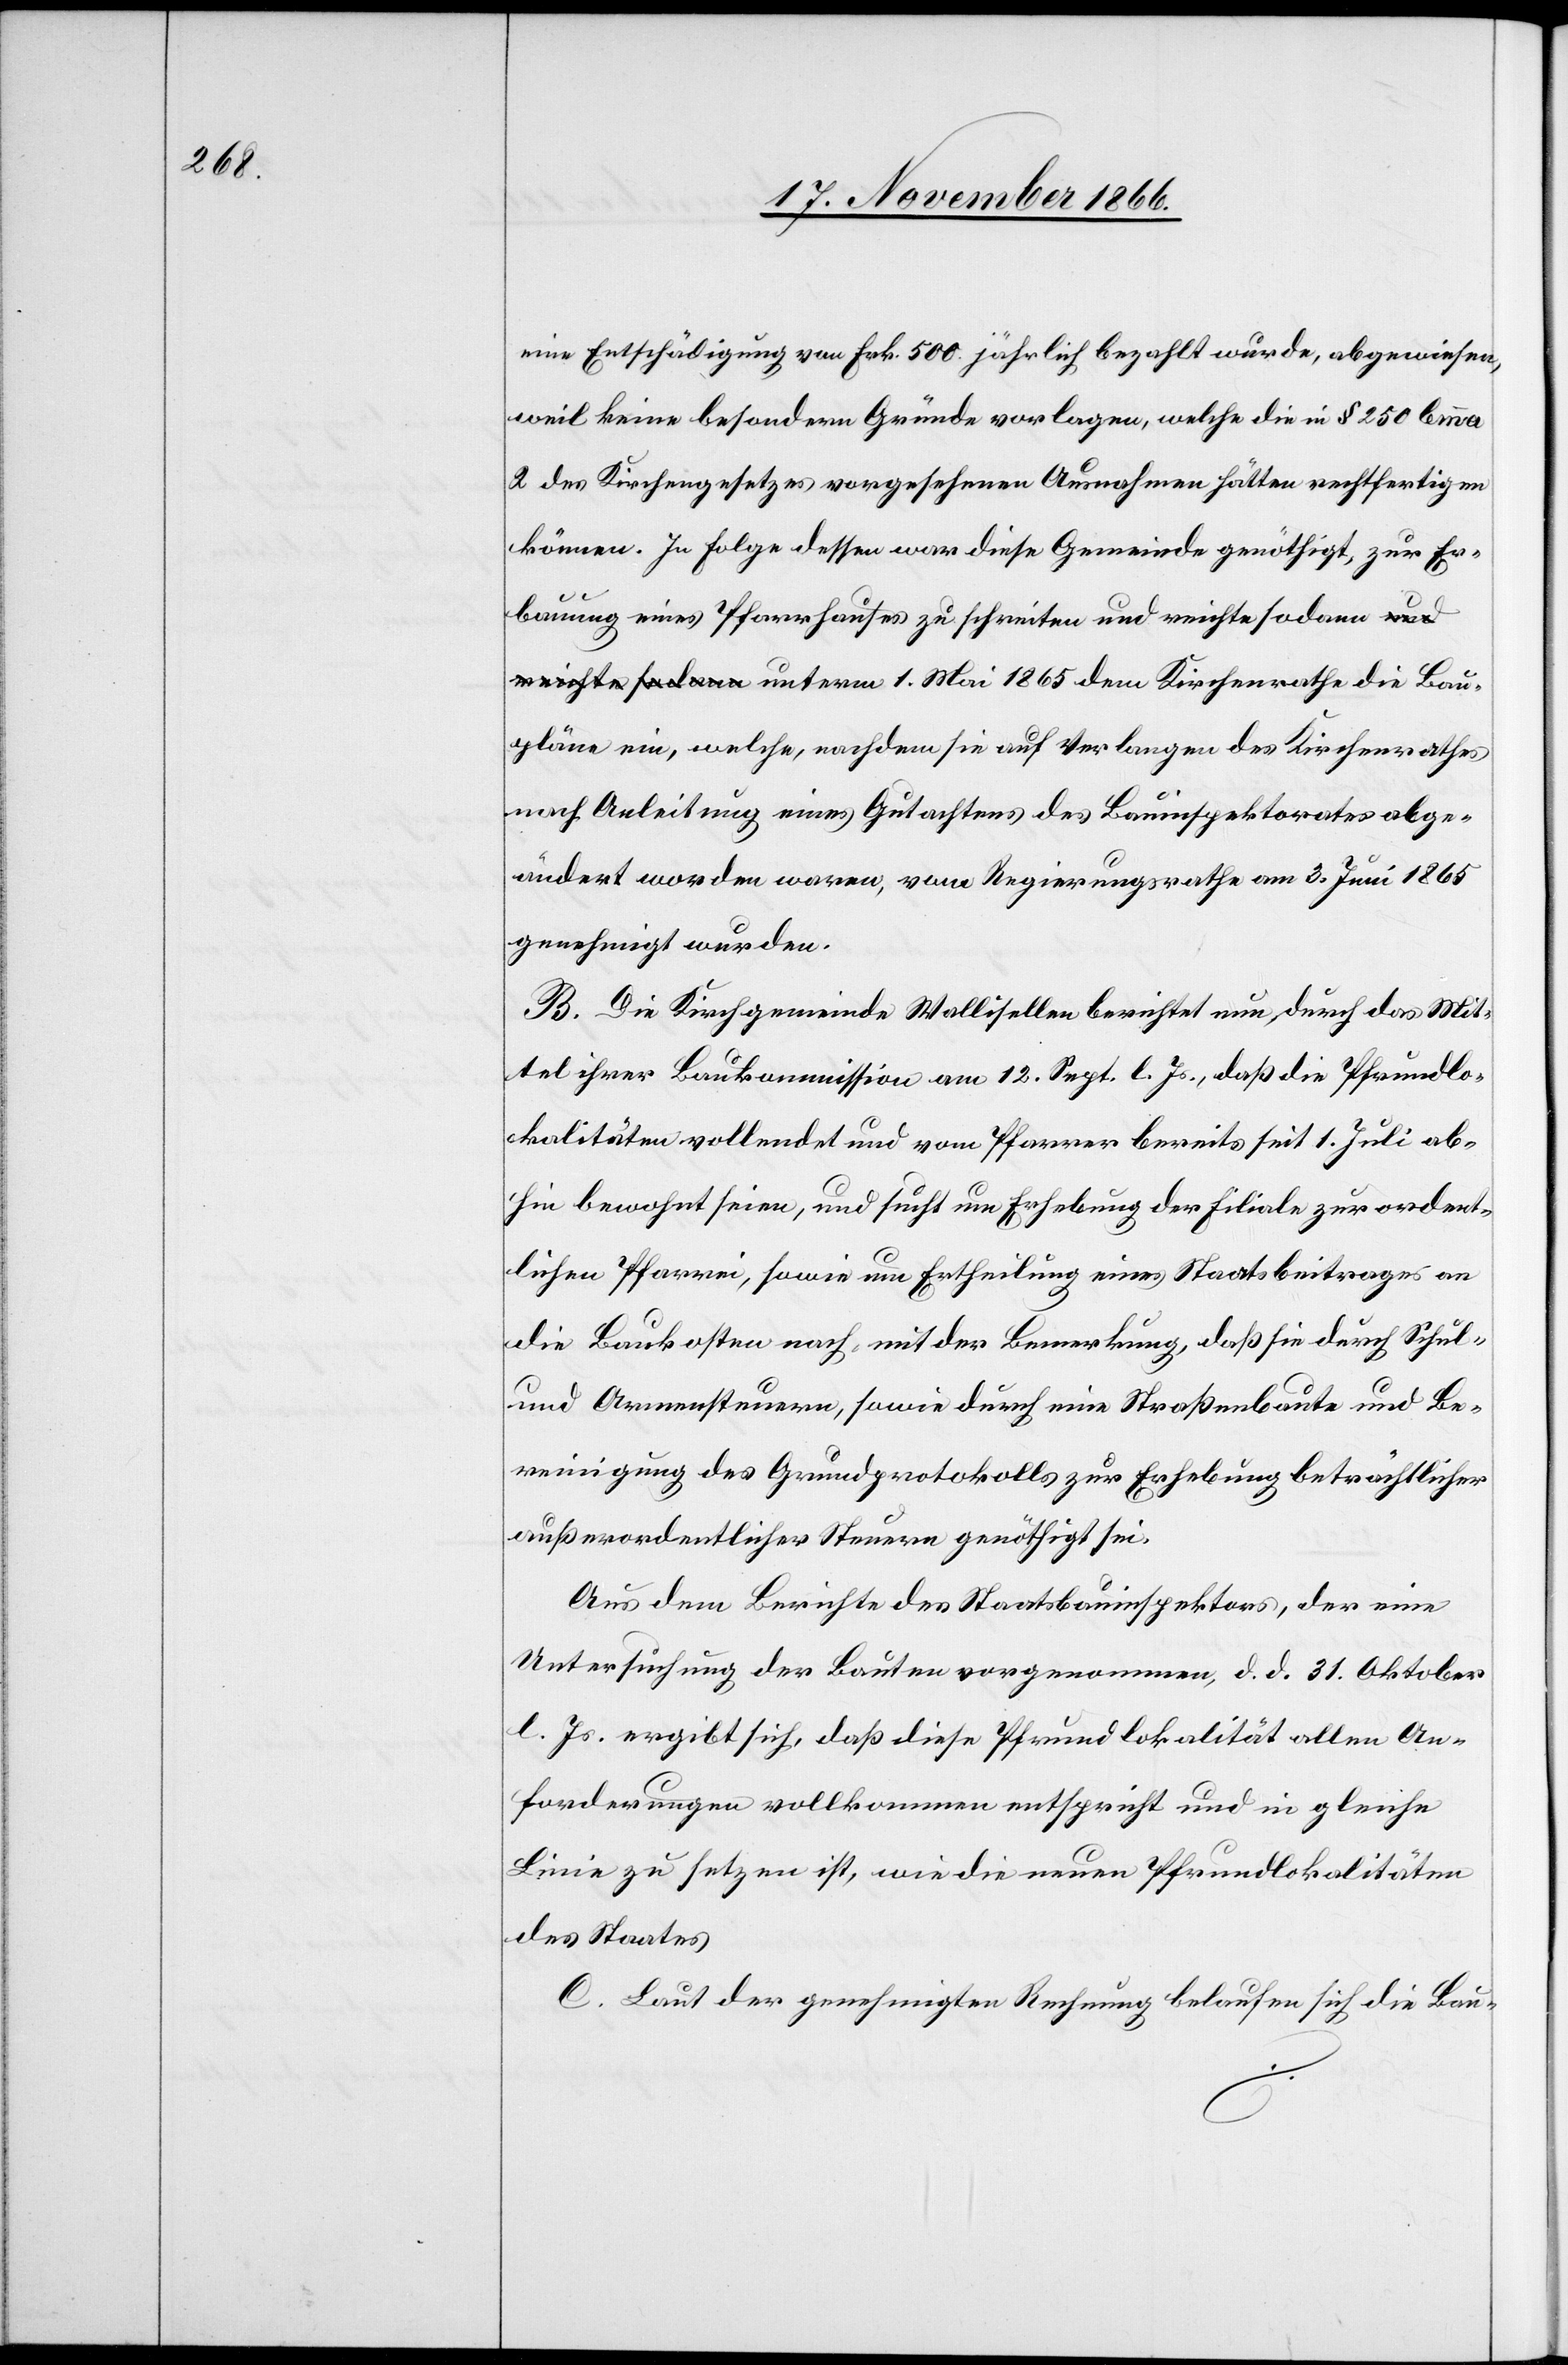
1865

eine Entschädigung von Frk. 500 jährlich bezahlt wurde, abgewiesen,
weil keine besondern Gründe vorlagen, welche die in § 250 lemma
2 des Kirchengesetzes vorgesehenen Ausnahmen hätten rechtfertigen
können. In Folge dessen war diese Gemeinde genöthigt, zur Er¬
bauung eines Pfarrhauses zu schreiten und reichte sodann unterm
Baupläne ein, welche, nachdem sie auf Verlangen des Kirchenrathes
nach Anleitung eines Gutachtens des Bauinspektorates abge¬
ändert worden waren, vom Regierungsrathe am 3. Juni 1865
genehmigt wurden.
B. Die Kirchgemeinde Wallisellen berichtet nun, durch das Mit¬
tel ihrer Baukommission am 12. Sept. l. Js., daß die Pfrundlo¬
kalitäten vollendet und vom Pfarrer bereits seit 1. Juli ab¬
hin bewohnt seien, und sucht um Erhebung der Filiale zur ordent¬
lichen Pfarrei, sowie um Ertheilung eines Staatsbeitrages an
die Baukosten nach mit der Bemerkung, daß sie durch Schul-
und Armensteuern, sowie durch eine Straßenbaute und Be¬
reinigung des Grundprotokolls zur Erhebung beträchtlicher
außerordentlicher Steuern genöthigt sei.
Aus dem Berichte des Staatsbauinspektors, der eine
Untersuchung der Bauten vorgenommen, d. d. 31. Oktober
l. Js. ergibt sich, daß diese Pfrundlokalität allen An¬
forderungen vollkommen entspricht und in gleiche
Linie zu setzen ist, wie die neuen Pfrundlokalitäten
des Staates.
C. Laut der genehmigten Rechnung belaufen sich die Bau-